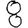
Digit: 8